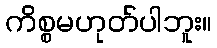
ကိစ္စမဟုတ်ပါဘူး။